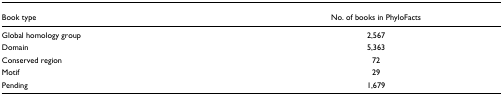
<table><thead><tr><td><b>Book type</b></td><td><b>No. of books in PhyloFacts</b></td></tr></thead><tbody><tr><td>Global homology group</td><td>2,567</td></tr><tr><td>Domain</td><td>5,363</td></tr><tr><td>Conserved region</td><td>72</td></tr><tr><td>Motif</td><td>29</td></tr><tr><td>Pending</td><td>1,679</td></tr></tbody></table>